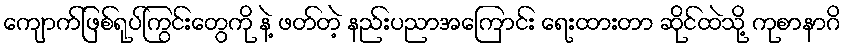
ကျောက်ဖြစ်ရုပ်ကြွင်းတွေကို နဲ့ ဖတ်တဲ့ နည်းပညာအကြောင်း ရေးထားတာ ဆိုင်ထဲသို့ ကုစာနာဂိ